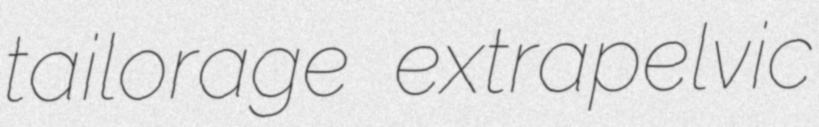
tailorage extrapelvic